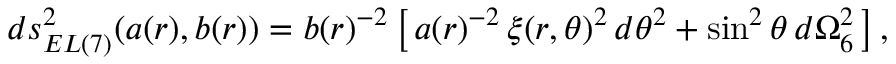
d s _ { E L ( 7 ) } ^ { 2 } ( a ( r ) , b ( r ) ) = b ( r ) ^ { - 2 } \left[ \, a ( r ) ^ { - 2 } \, \xi ( r , \theta ) ^ { 2 } \, d \theta ^ { 2 } + \sin ^ { 2 } \theta \, d \Omega _ { 6 } ^ { 2 } \, \right] ,